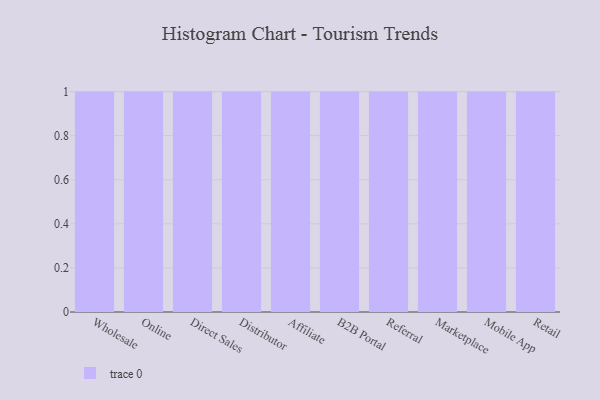
{"axis": {"x": "Channel", "y": "Latency (ms)"}, "legend": [""], "data": [{"x": "Wholesale", "y": 10, "type": ""}, {"x": "Online", "y": 94, "type": ""}, {"x": "Direct Sales", "y": 29, "type": ""}, {"x": "Distributor", "y": 81, "type": ""}, {"x": "Affiliate", "y": 41, "type": ""}, {"x": "B2B Portal", "y": 88, "type": ""}, {"x": "Referral", "y": 19, "type": ""}, {"x": "Marketplace", "y": 7, "type": ""}, {"x": "Mobile App", "y": 12, "type": ""}, {"x": "Retail", "y": 61, "type": ""}]}